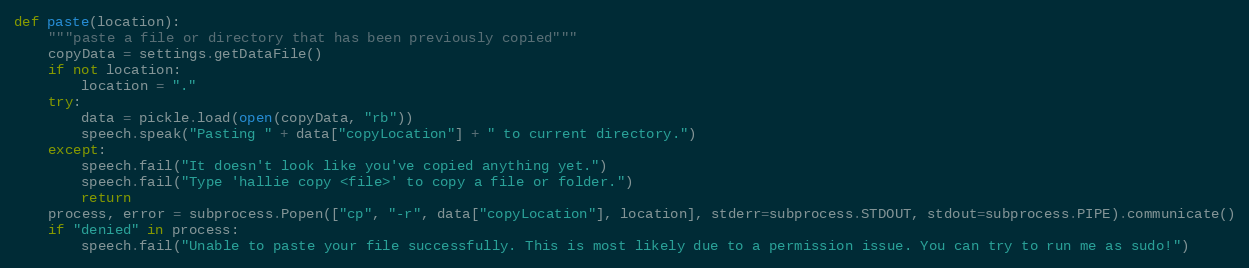
Language: Python
def paste(location):
	"""paste a file or directory that has been previously copied"""
	copyData = settings.getDataFile()
	if not location:
		location = "."
	try:
		data = pickle.load(open(copyData, "rb"))
		speech.speak("Pasting " + data["copyLocation"] + " to current directory.")
	except:
		speech.fail("It doesn't look like you've copied anything yet.")
		speech.fail("Type 'hallie copy <file>' to copy a file or folder.")
		return
	process, error = subprocess.Popen(["cp", "-r", data["copyLocation"], location], stderr=subprocess.STDOUT, stdout=subprocess.PIPE).communicate()
	if "denied" in process:
		speech.fail("Unable to paste your file successfully. This is most likely due to a permission issue. You can try to run me as sudo!")